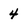
Character: 4